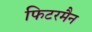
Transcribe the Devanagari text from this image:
फिटरमैन